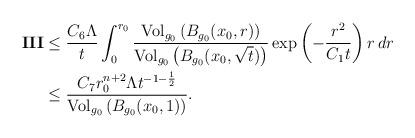
LaTeX: \begin{align*}\mathbf{III}&\leq \frac{C_6\Lambda }{t} \int^{r_0}_0 \frac{\mathrm{Vol}_{g_0} \left( B_{g_0}(x_0,r)\right)}{\mathrm{Vol}_{g_0} \left( B_{g_0}(x_0,\sqrt{t})\right)} \exp\left(-\frac{r^2}{C_1t} \right)r \,dr\\&\leq \frac{C_7 r_0^{n+2} \Lambda t^{-1-\frac12} }{{\mathrm{Vol}_{g_0} \left( B_{g_0}(x_0,1)\right)} } .\end{align*}